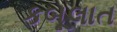
કબૂલાત